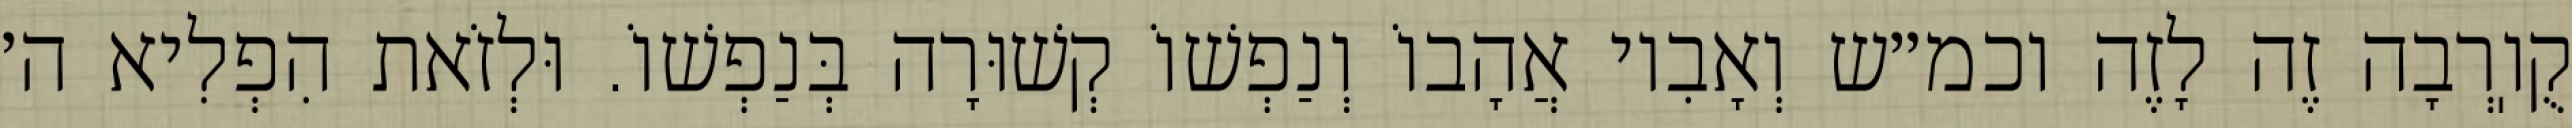
קֻוֽרְבָה זֶה לָזֶה וכמ״ש וְאָבִיו אֲהָבוֹ וְנַפְשׁוֹ קְשׁוּרָה בְּנַפְשׁוֹ. וּלְזֹאת הִפְלִיא ה׳